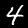
Label: 4